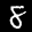
Label: 8